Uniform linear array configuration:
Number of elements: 8
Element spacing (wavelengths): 0.25
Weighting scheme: binomial
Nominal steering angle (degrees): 45
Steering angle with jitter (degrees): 46.674
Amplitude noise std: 0.05
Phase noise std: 0.05

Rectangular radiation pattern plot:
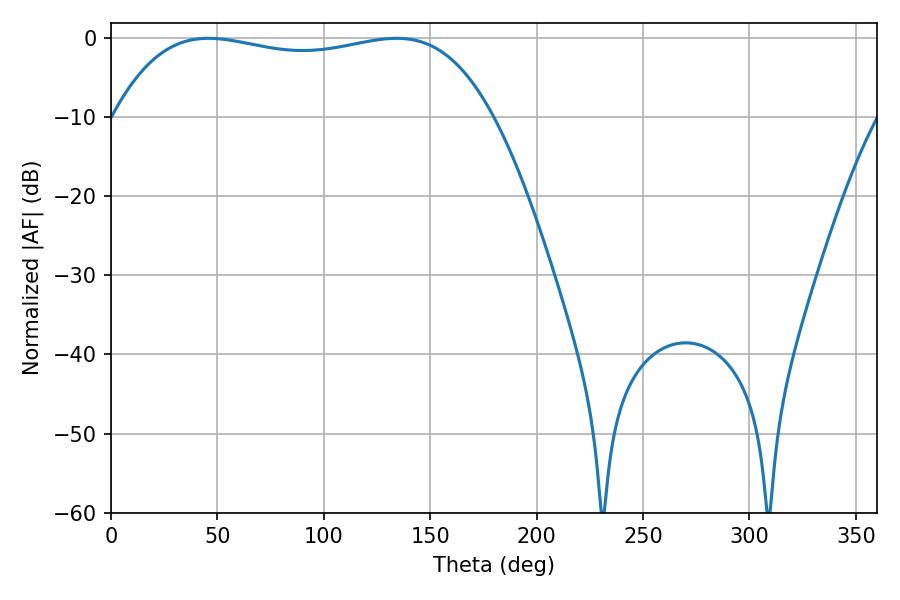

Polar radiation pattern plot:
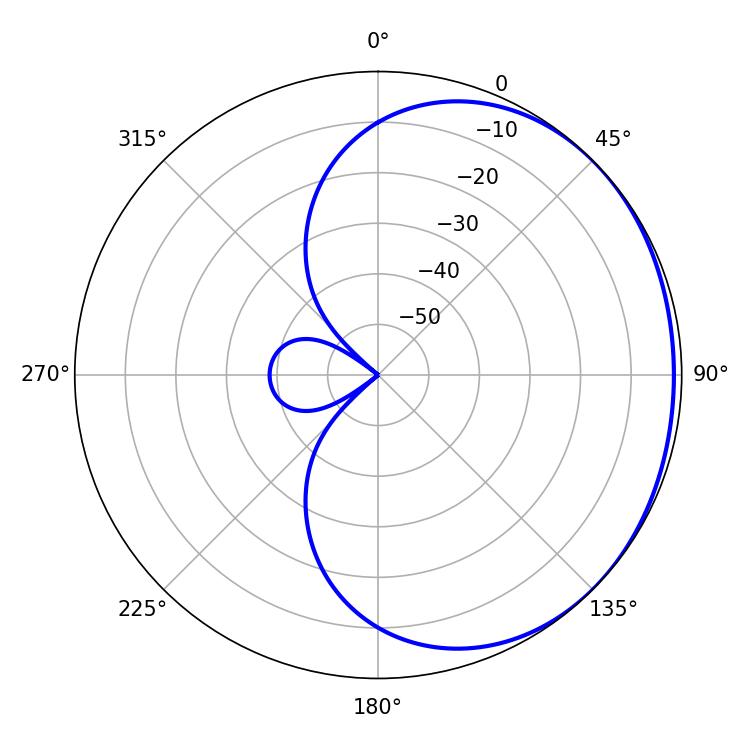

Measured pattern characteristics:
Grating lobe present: FALSE
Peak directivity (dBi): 0.9302
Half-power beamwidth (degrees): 142.56
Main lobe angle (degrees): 45.72